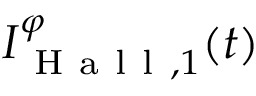
I _ { \mathrm { ~ H ~ a ~ l ~ l ~ } , 1 } ^ { \varphi } ( t )